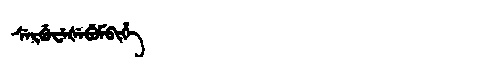
Manchu: ᠰᡝᡵᡤᡠᠸᡝᡧᡝᠪᡠᠮᠪᡳᡥᡝ
Romanization: SERGUWEŠEBUMBIHE